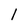
Character: l